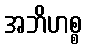
အဘိဟစ္စ